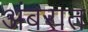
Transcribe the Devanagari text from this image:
अंबरात